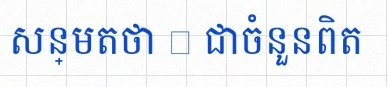
សន្មតថា x ជាចំនួនពិត